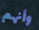
وأنهم